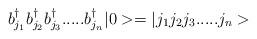
LaTeX: \begin{align*}b_{j_1}^{\dagger}b_{j_2}^{\dagger}b_{j_3}^{\dagger}.....b_{j_n}^{\dagger} |0>=|j_1j_2j_3.....j_n>\end{align*}